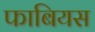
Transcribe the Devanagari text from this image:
फाबियस